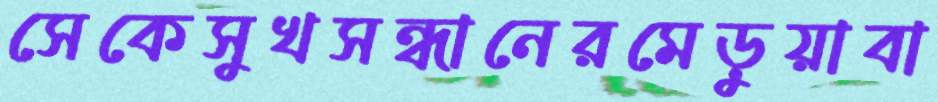
সেকেসুখসন্ধানেরমেড়ুয়াবা